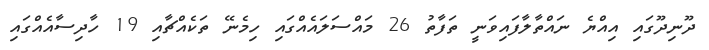
ދޫނިދޫގައި އިއްޔެ ނައްތާލާފައިވަނީ ތަފާތު 26 މައްސަލައެއްގައި ހިމެނޭ ތަކެއްޗާއި 19 ހާދިސާއެއްގައި